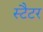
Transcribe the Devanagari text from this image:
स्टैटर